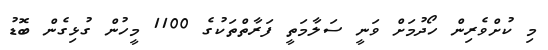
މި ކުށްވެރިން ހޯދުމަށް ވަނީ ސަލާމަތީ ފަރާތްތަކުގެ 1100 މީހުން ގުޅިގެން ބޮޑު